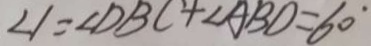
\angle 1 = \angle D B C + \angle A B D = 6 0 ^ { \circ }